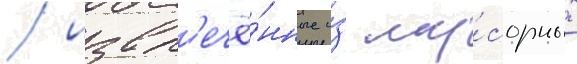
/ извл'ечё́нные и́з му́сорных